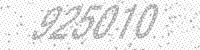
Solution: 925010